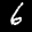
Label: 6